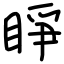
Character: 睜